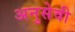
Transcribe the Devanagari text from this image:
अनुसेवी